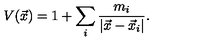
V ( \vec { x } ) = 1 + \sum _ { i } \frac { m _ { i } } { | \vec { x } - \vec { x } _ { i } | } .